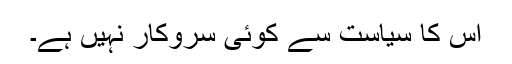
اس کا سیاست سے کوئی سروکار نہیں ہے۔